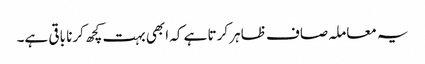
یہ معاملہ صاف ظاہر کرتا ہے کہ ابھی بہت کچھ کرنا باقی ہے۔